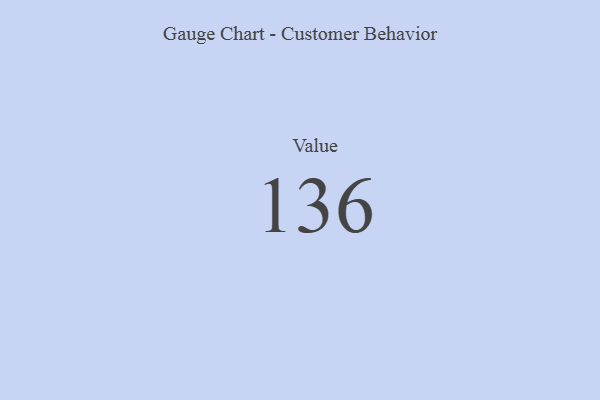
{"axis": {"x": "Metric", "y": "Value"}, "legend": [""], "data": [{"x": "Value", "y": 136, "type": ""}]}